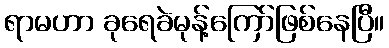
ရာမဟာ ခုရေခဲမုန့်ကြော်ဖြစ်နေပြီ။